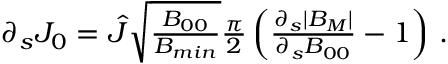
\begin{array} { r } { \partial _ { s } J _ { 0 } = \hat { J } \sqrt { \frac { B _ { 0 0 } } { B _ { m i n } } } \frac { \pi } { 2 } \left( \frac { \partial _ { s } | B _ { M } | } { \partial _ { s } B _ { 0 0 } } - 1 \right) \, . } \end{array}